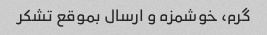
گرم، خوشمزه و ارسال بموقع تشکر